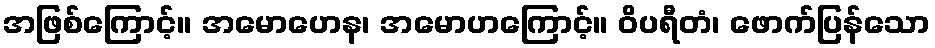
အဖြစ်ကြောင့်။ အမောဟေန၊ အမောဟကြောင့်။ ဝိပရီတံ၊ ဖောက်ပြန်သော